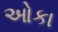
ઓકા